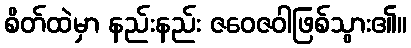
စိတ်ထဲမှာ နည်းနည်း ဇဝေဇဝါဖြစ်သွား၏။